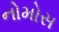
નોમોસ